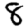
Digit: 8